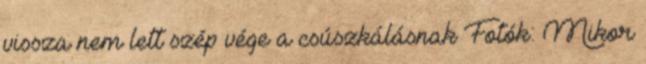
vissza nem lett szép vége a csúszkálásnak Fotók: Mikor